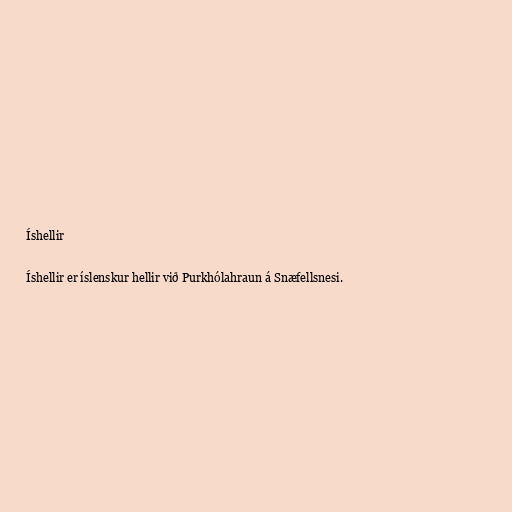
Íshellir

Íshellir er íslenskur hellir við Purkhólahraun á Snæfellsnesi.